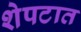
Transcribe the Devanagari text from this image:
शेपटात